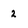
Character: 2